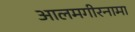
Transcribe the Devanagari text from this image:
आलमगीरनामा